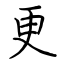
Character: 更